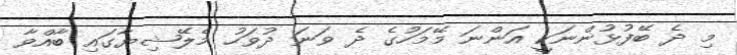
މި ދެ ބޭފުޅުންނަކީ އަންނަ މޭމަހުގެ ދެ ވަނަ ދުވަހު މެލޭޝިޔާގައި ބާއްވާ